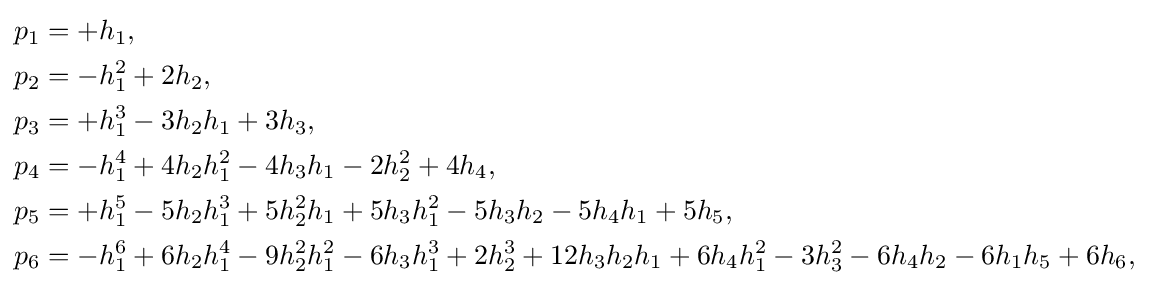
{\begin{aligned}p_{1}&=+h_{1},\\p_{2}&=-h_{1}^{2}+2h_{2},\\p_{3}&=+h_{1}^{3}-3h_{2}h_{1}+3h_{3},\\p_{4}&=-h_{1}^{4}+4h_{2}h_{1}^{2}-4h_{3}h_{1}-2h_{2}^{2}+4h_{4},\\p_{5}&=+h_{1}^{5}-5h_{2}h_{1}^{3}+5h_{2}^{2}h_{1}+5h_{3}h_{1}^{2}-5h_{3}h_{2}-5h_{4}h_{1}+5h_{5},\\p_{6}&=-h_{1}^{6}+6h_{2}h_{1}^{4}-9h_{2}^{2}h_{1}^{2}-6h_{3}h_{1}^{3}+2h_{2}^{3}+12h_{3}h_{2}h_{1}+6h_{4}h_{1}^{2}-3h_{3}^{2}-6h_{4}h_{2}-6h_{1}h_{5}+6h_{6},\\\end{aligned}}